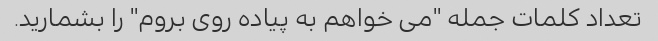
تعداد کلمات جمله "می خواهم به پیاده روی بروم" را بشمارید.